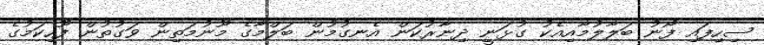
ސިހިފައި ފޯނު ބަލާލުމާއިއެކު ގުޅަނީ ދިނާރުކަން އެނގުމުން ބަލްމާގެ މޫނުމަތިން ވަގުތުން ފޫހިކަމުގެ